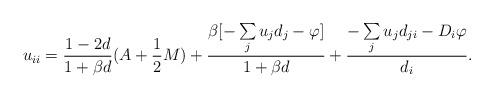
LaTeX: \begin{align*}u_{i i } = \frac{{1-2d}}{1+ \beta d}(A + \frac{1}{2}M) + \frac{{\beta [-\sum\limits_j {u_j d_j } - \varphi ]}}{1+ \beta d} + \frac{{-\sum\limits_j { u_j d_{ji}}-D_i \varphi }}{{d_{i } }}.\end{align*}